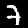
Digit: 7